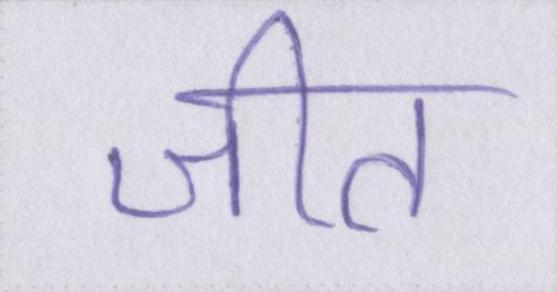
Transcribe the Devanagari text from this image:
जीत